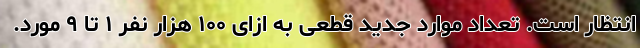
انتظار است. تعداد موارد جدید قطعی به ازای ۱۰۰ هزار نفر ۱ تا ۹ مورد.